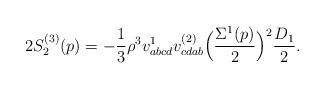
LaTeX: \begin{align*}2 S^{(3)}_2(p) = - \frac{1}{3}\rho^3 v^1_{abcd}v^{(2)}_{cdab}\Bigl(\frac{\Sigma^1(p)}{2}\Bigr)^2 \frac{D_1}{2}.\end{align*}